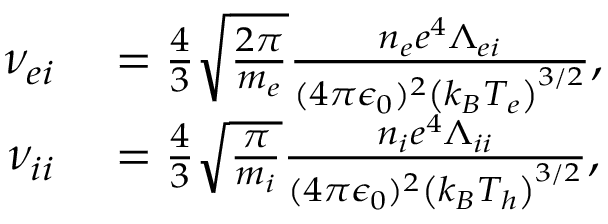
\begin{array} { r l } { \nu _ { e i } } & { { } = \frac { 4 } { 3 } \sqrt { \frac { 2 \pi } { m _ { e } } } \frac { n _ { e } e ^ { 4 } \Lambda _ { e i } } { ( 4 \pi \epsilon _ { 0 } ) ^ { 2 } \left( k _ { B } T _ { e } \right) ^ { 3 / 2 } } , } \\ { \nu _ { i i } } & { { } = \frac { 4 } { 3 } \sqrt { \frac { \pi } { m _ { i } } } \frac { n _ { i } e ^ { 4 } \Lambda _ { i i } } { ( 4 \pi \epsilon _ { 0 } ) ^ { 2 } \left( k _ { B } T _ { h } \right) ^ { 3 / 2 } } , } \end{array}